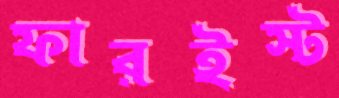
ফারইস্ট